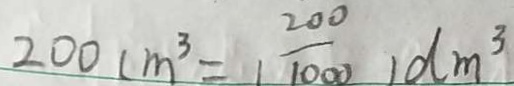
2 0 0 c m ^ { 3 } = ( 1 \frac { 2 0 0 } { 1 0 0 0 } ) d m ^ { 3 }